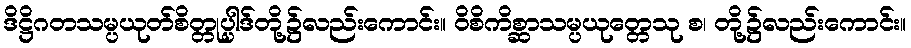
ဒိဋ္ဌိဂတသမ္ပယုတ်စိတ္တုပ္ပါဒ်တို့၌လည်းကောင်း။ ဝိစိကိစ္ဆာသမ္ပယုတ္တေသု စ၊ တို့၌လည်းကောင်း။